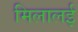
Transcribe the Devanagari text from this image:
मिलालई